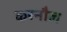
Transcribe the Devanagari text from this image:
करनौल